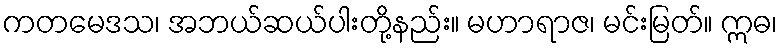
ကတမေဒသ၊ အဘယ်ဆယ်ပါးတို့နည်း။ မဟာရာဇ၊ မင်းမြတ်။ ဣဓ၊